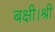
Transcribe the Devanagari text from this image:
बक्षी।श्री